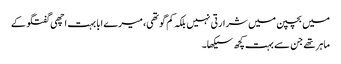
میں بچپن میں شرارتی نہیں بلکہ کم گو تھی، میرے ابا بہت اچھی گفتگو کے
ماہر تھے جن سے بہت کچھ سیکھا۔